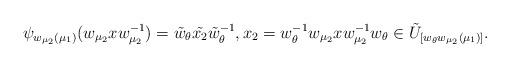
LaTeX: \begin{align*} \psi_{w_{\mu_2}(\mu_1)}(w_{\mu_2}xw_{\mu_2}^{-1})=\tilde{w}_\theta\tilde{x_2}\tilde{w}_\theta^{-1},x_2=w_\theta^{-1} w_{\mu_2}xw_{\mu_2}^{-1}w_\theta \in \tilde{U}_{[w_\theta w_{\mu_2}(\mu_1)]}.\end{align*}